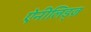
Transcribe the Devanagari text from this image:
ऐनीलिड्ज़